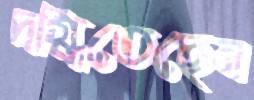
দগ্ধিতেছেন